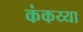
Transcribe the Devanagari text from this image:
कंकय्या